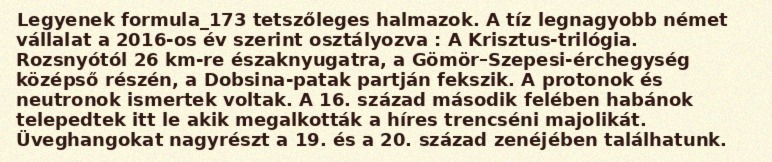
Legyenek formula_173 tetszőleges halmazok. A tíz legnagyobb német vállalat a 2016-os év szerint osztályozva : A Krisztus-trilógia. Rozsnyótól 26 km-re északnyugatra, a Gömör–Szepesi-érchegység középső részén, a Dobsina-patak partján fekszik. A protonok és neutronok ismertek voltak. A 16. század második felében habánok telepedtek itt le akik megalkották a híres trencséni majolikát. Üveghangokat nagyrészt a 19. és a 20. század zenéjében találhatunk.